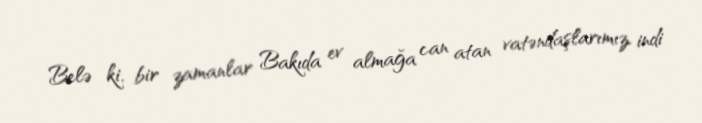
Belə ki, bir zamanlar Bakıda ev almağa can atan vatəndaşlarımız, indi